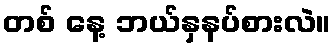
တစ် နေ့ ဘယ်နှနပ်စားလဲ။